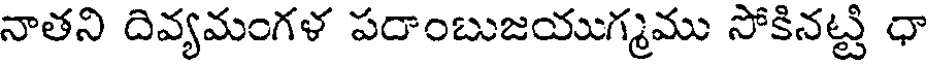
నాతని దివ్యమంగళ పరాంబుజయుగ్మము సోకినట్టి ధా